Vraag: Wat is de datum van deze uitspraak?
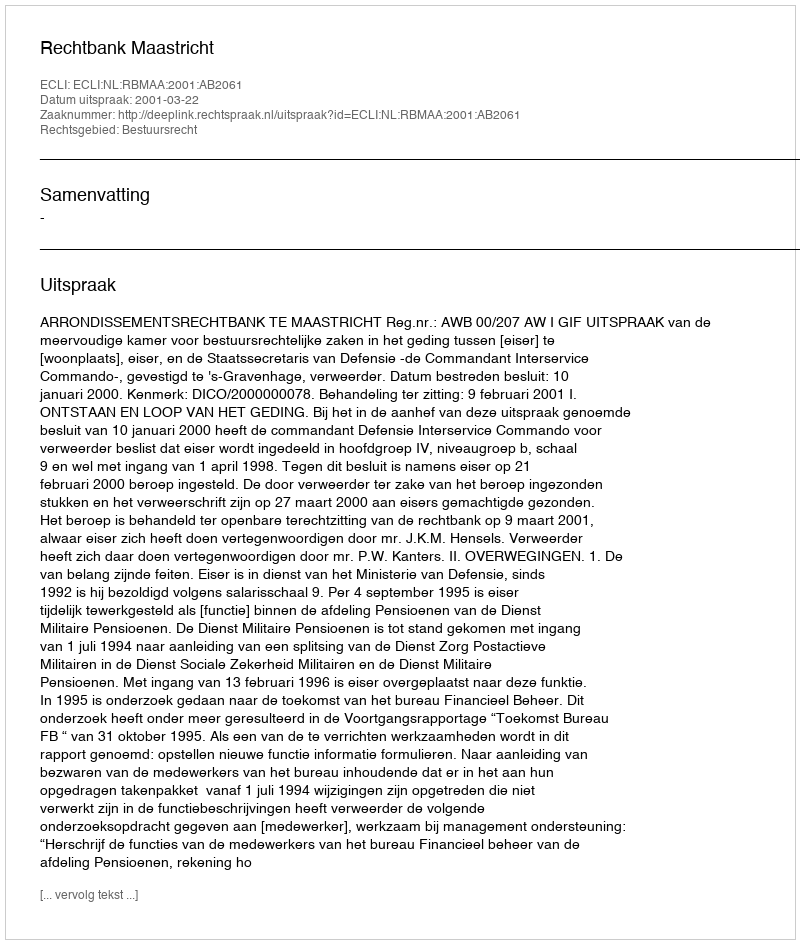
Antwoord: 2001-03-22